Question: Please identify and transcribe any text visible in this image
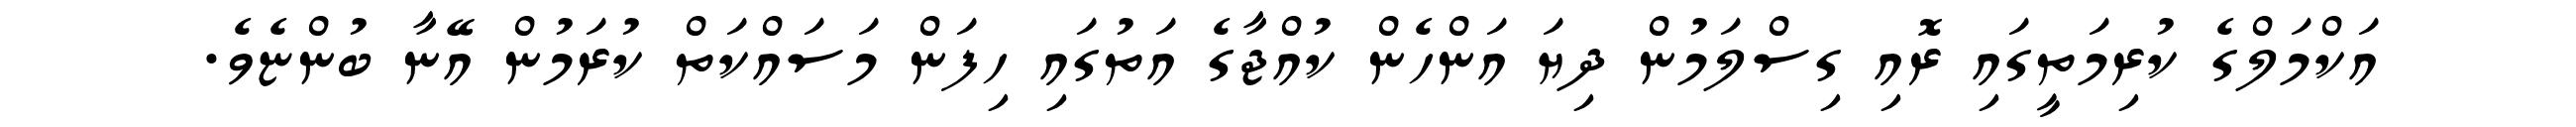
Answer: އަކްމަލްގެ ކުރިމަތީގައި ރޮއި ގިސްލަމުން ދިޔަ އަންހެން ކުއްޖާގެ އަތުގައި ހިފަން މަސައްކަތް ކުރަމުން އޭނާ ބުންޏެވެ.